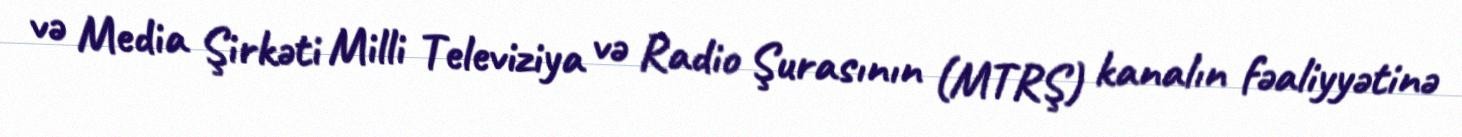
və Media Şirkəti Milli Televiziya və Radio Şurasının (MTRŞ) kanalın fəaliyyətinə